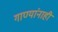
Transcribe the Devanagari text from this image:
गाण्यांनाही